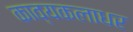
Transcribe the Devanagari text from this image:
काव्यकलाधर